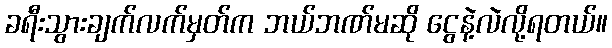
ခရီးသွားချက်လက်မှတ်က ဘယ်ဘဏ်မဆို ငွေနဲ့လဲလို့ရတယ်။